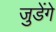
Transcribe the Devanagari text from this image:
जुडेंगे